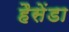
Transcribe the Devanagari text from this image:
हैसेंडा